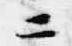
二